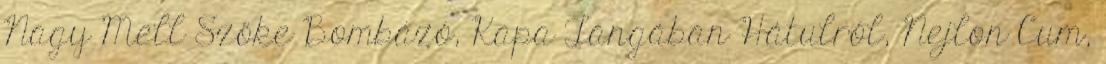
Nagy Mell Szőke Bombázó, Kapa Tangában Hátulról, Nejlon Cum,